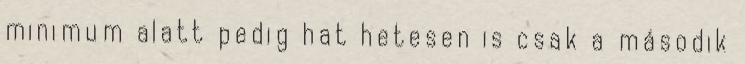
minimum alatt pedig hat hetesen is csak a második